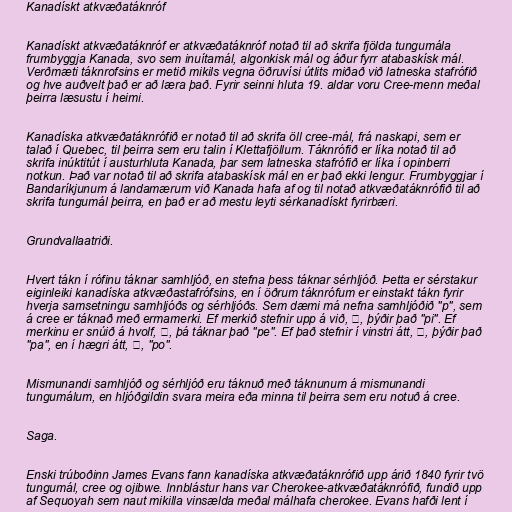
Kanadískt atkvæðatáknróf

Kanadískt atkvæðatáknróf er atkvæðatáknróf notað til að skrifa fjölda tungumála
frumbyggja Kanada, svo sem inuítamál, algonkisk mál og áður fyrr atabaskísk mál.
Verðmæti táknrofsins er metið mikils vegna öðruvísi útlits miðað við latneska stafrófið
og hve auðvelt það er að læra það. Fyrir seinni hluta 19. aldar voru Cree-menn meðal
þeirra læsustu í heimi.

Kanadíska atkvæðatáknrófið er notað til að skrifa öll cree-mál, frá naskapi, sem er
talað í Quebec, til þeirra sem eru talin í Klettafjöllum. Táknrófið er líka notað til að
skrifa inúktitút í austurhluta Kanada, þar sem latneska stafrófið er líka í opinberri
notkun. Það var notað til að skrifa atabaskísk mál en er það ekki lengur. Frumbyggjar í
Bandaríkjunum á landamærum við Kanada hafa af og til notað atkvæðatáknrófið til að
skrifa tungumál þeirra, en það er að mestu leyti sérkanadískt fyrirbæri.

Grundvallaatriði.

Hvert tákn í rófinu táknar samhljóð, en stefna þess táknar sérhljóð. Þetta er sérstakur
eiginleiki kanadíska atkvæðastafrófsins, en í öðrum táknrófum er einstakt tákn fyrir
hverja samsetningu samhljóðs og sérhljóðs. Sem dæmi má nefna samhljóðið "p", sem
á cree er táknað með ermamerki. Ef merkið stefnir upp á við, ᐱ, þýðir það "pi". Ef
merkinu er snúið á hvolf, ᐯ, þá táknar það "pe". Ef það stefnir í vinstri átt, ᐸ, þýðir það
"pa", en í hægri átt, ᐳ, "po".

Mismunandi samhljóð og sérhljóð eru táknuð með táknunum á mismunandi
tungumálum, en hljóðgildin svara meira eða minna til þeirra sem eru notuð á cree.

Saga.

Enski trúboðinn James Evans fann kanadíska atkvæðatáknrófið upp árið 1840 fyrir tvö
tungumál, cree og ojibwe. Innblástur hans var Cherokee-atkvæðatáknrófið, fundið upp
af Sequoyah sem naut mikilla vinsælda meðal málhafa cherokee. Evans hafði lent í